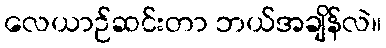
လေယာဉ်ဆင်းတာ ဘယ်အချိန်လဲ။